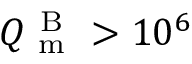
Q _ { \mathrm { ~ m ~ } } ^ { \mathrm { ~ B ~ } } > 1 0 ^ { 6 }